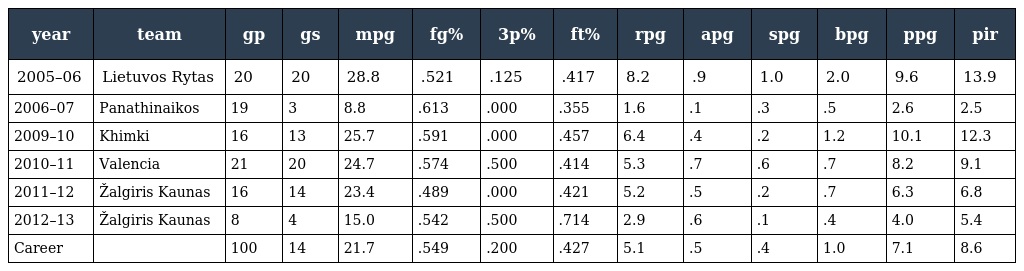
| year | team | gp | gs | mpg | fg% | 3p% | ft% | rpg | apg | spg | bpg | ppg | pir |
 | --- | --- | --- | --- | --- | --- | --- | --- | --- | --- | --- | --- | --- | --- |
 | 2005–06 | Lietuvos Rytas | 20 | 20 | 28.8 | .521 | .125 | .417 | 8.2 | .9 | 1.0 | 2.0 | 9.6 | 13.9 |
 | 2006–07 | Panathinaikos | 19 | 3 | 8.8 | .613 | .000 | .355 | 1.6 | .1 | .3 | .5 | 2.6 | 2.5 |
 | 2009–10 | Khimki | 16 | 13 | 25.7 | .591 | .000 | .457 | 6.4 | .4 | .2 | 1.2 | 10.1 | 12.3 |
 | 2010–11 | Valencia | 21 | 20 | 24.7 | .574 | .500 | .414 | 5.3 | .7 | .6 | .7 | 8.2 | 9.1 |
 | 2011–12 | Žalgiris Kaunas | 16 | 14 | 23.4 | .489 | .000 | .421 | 5.2 | .5 | .2 | .7 | 6.3 | 6.8 |
 | 2012–13 | Žalgiris Kaunas | 8 | 4 | 15.0 | .542 | .500 | .714 | 2.9 | .6 | .1 | .4 | 4.0 | 5.4 |
 | Career |  | 100 | 14 | 21.7 | .549 | .200 | .427 | 5.1 | .5 | .4 | 1.0 | 7.1 | 8.6 |